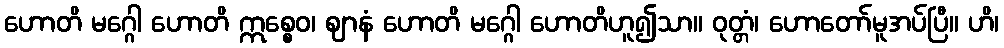
ဟောတိ မဂ္ဂေါ ဟောတိ ဣစ္စေဝ၊ ဈာနံ ဟောတိ မဂ္ဂေါ ဟောတိဟူ၍သာ။ ဝုတ္တံ၊ ဟောတော်မူအပ်ပြီ။ ဟိ၊